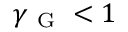
\gamma _ { \mathrm { ~ G ~ } } < 1